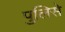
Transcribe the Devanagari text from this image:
पुलिसे